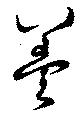
羮